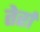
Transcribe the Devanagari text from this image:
तेर्रा